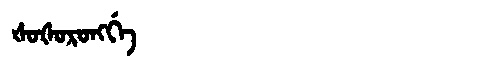
Manchu: ᡧᠣᡧᠣᡵᠣᠩᡤᡝ
Romanization: ŠOŠORONGGE